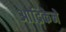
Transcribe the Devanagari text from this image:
आद्रिकेने